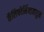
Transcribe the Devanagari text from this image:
कॅलिफोर्नियामधुन